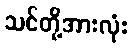
သင်တို့အားလုံး